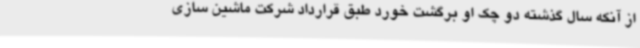
از آنکه سال گذشته دو چک او برگشت خورد طبق قرارداد شرکت ماشین سازی